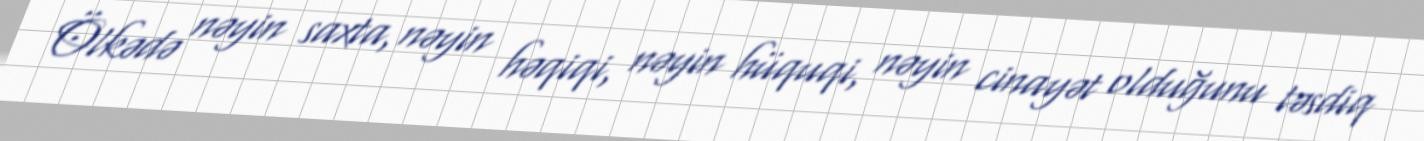
Ölkədə nəyin saxta, nəyin həqiqi, nəyin hüquqi, nəyin cinayət olduğunu təsdiq